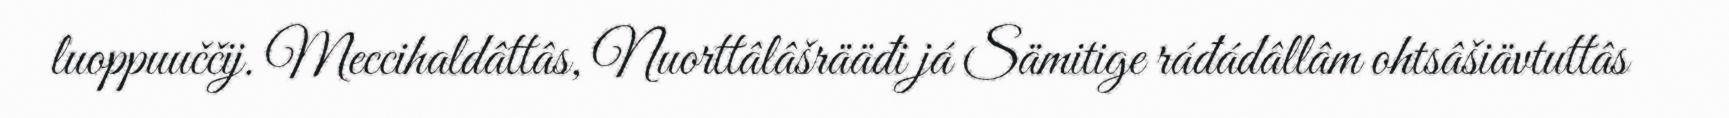
luoppuuččij. Meccihaldâttâs, Nuorttâlâšrääđi já Sämitige ráđádâllâm ohtsâšiävtuttâs